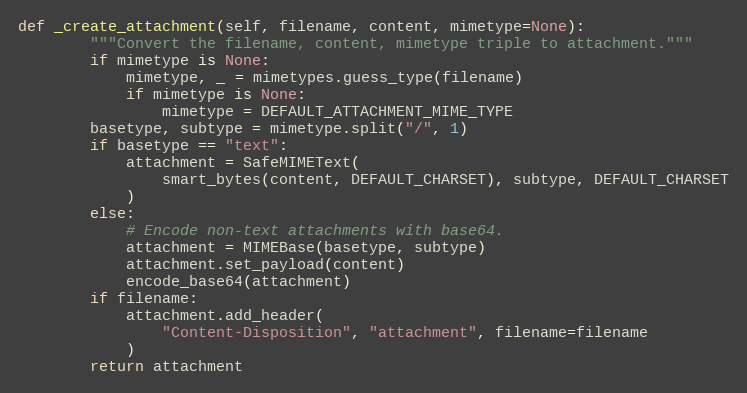
Language: Python
def _create_attachment(self, filename, content, mimetype=None):
        """Convert the filename, content, mimetype triple to attachment."""
        if mimetype is None:
            mimetype, _ = mimetypes.guess_type(filename)
            if mimetype is None:
                mimetype = DEFAULT_ATTACHMENT_MIME_TYPE
        basetype, subtype = mimetype.split("/", 1)
        if basetype == "text":
            attachment = SafeMIMEText(
                smart_bytes(content, DEFAULT_CHARSET), subtype, DEFAULT_CHARSET
            )
        else:
            # Encode non-text attachments with base64.
            attachment = MIMEBase(basetype, subtype)
            attachment.set_payload(content)
            encode_base64(attachment)
        if filename:
            attachment.add_header(
                "Content-Disposition", "attachment", filename=filename
            )
        return attachment